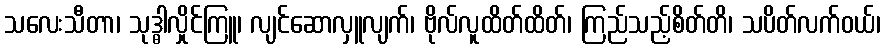
သလေးသီတာ၊ သုဒ္ဓါလှိုင်ကြူ၊ လျင်ဆောလှူလျက်၊ ဗိုလ်လူထိတ်ထိတ်၊ ကြည်သည့်စိတ်တိ၊ သပိတ်လက်ဝယ်၊